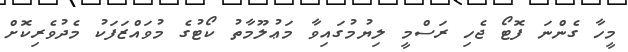
މީހާ ގެންނަ ފޮޓޯ ޖެހި ރަސްމީ ލިޔުމުގައިވާ މަޢުލޫމާތު ކޯޓުގެ މުވައްޒަފަކު މެދުވެރިކޮށް